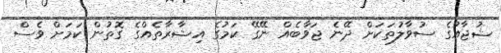
ޝުޖާއުގެ ސުވާލުތަކަށް ދޭނެ ޖަވާބެއް ނޭގޭ ކަމުގެ އިޝާރާތެއްގެ ގޮތުން ކަމަށް ވެސް